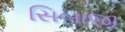
સિબાજી